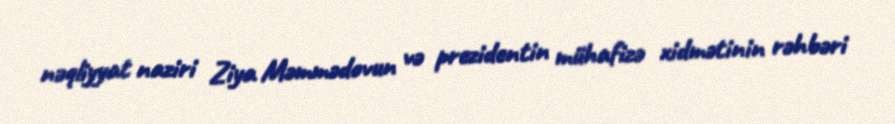
nəqliyyat naziri Ziya Məmmədovun və prezidentin mühafizə xidmətinin rəhbəri